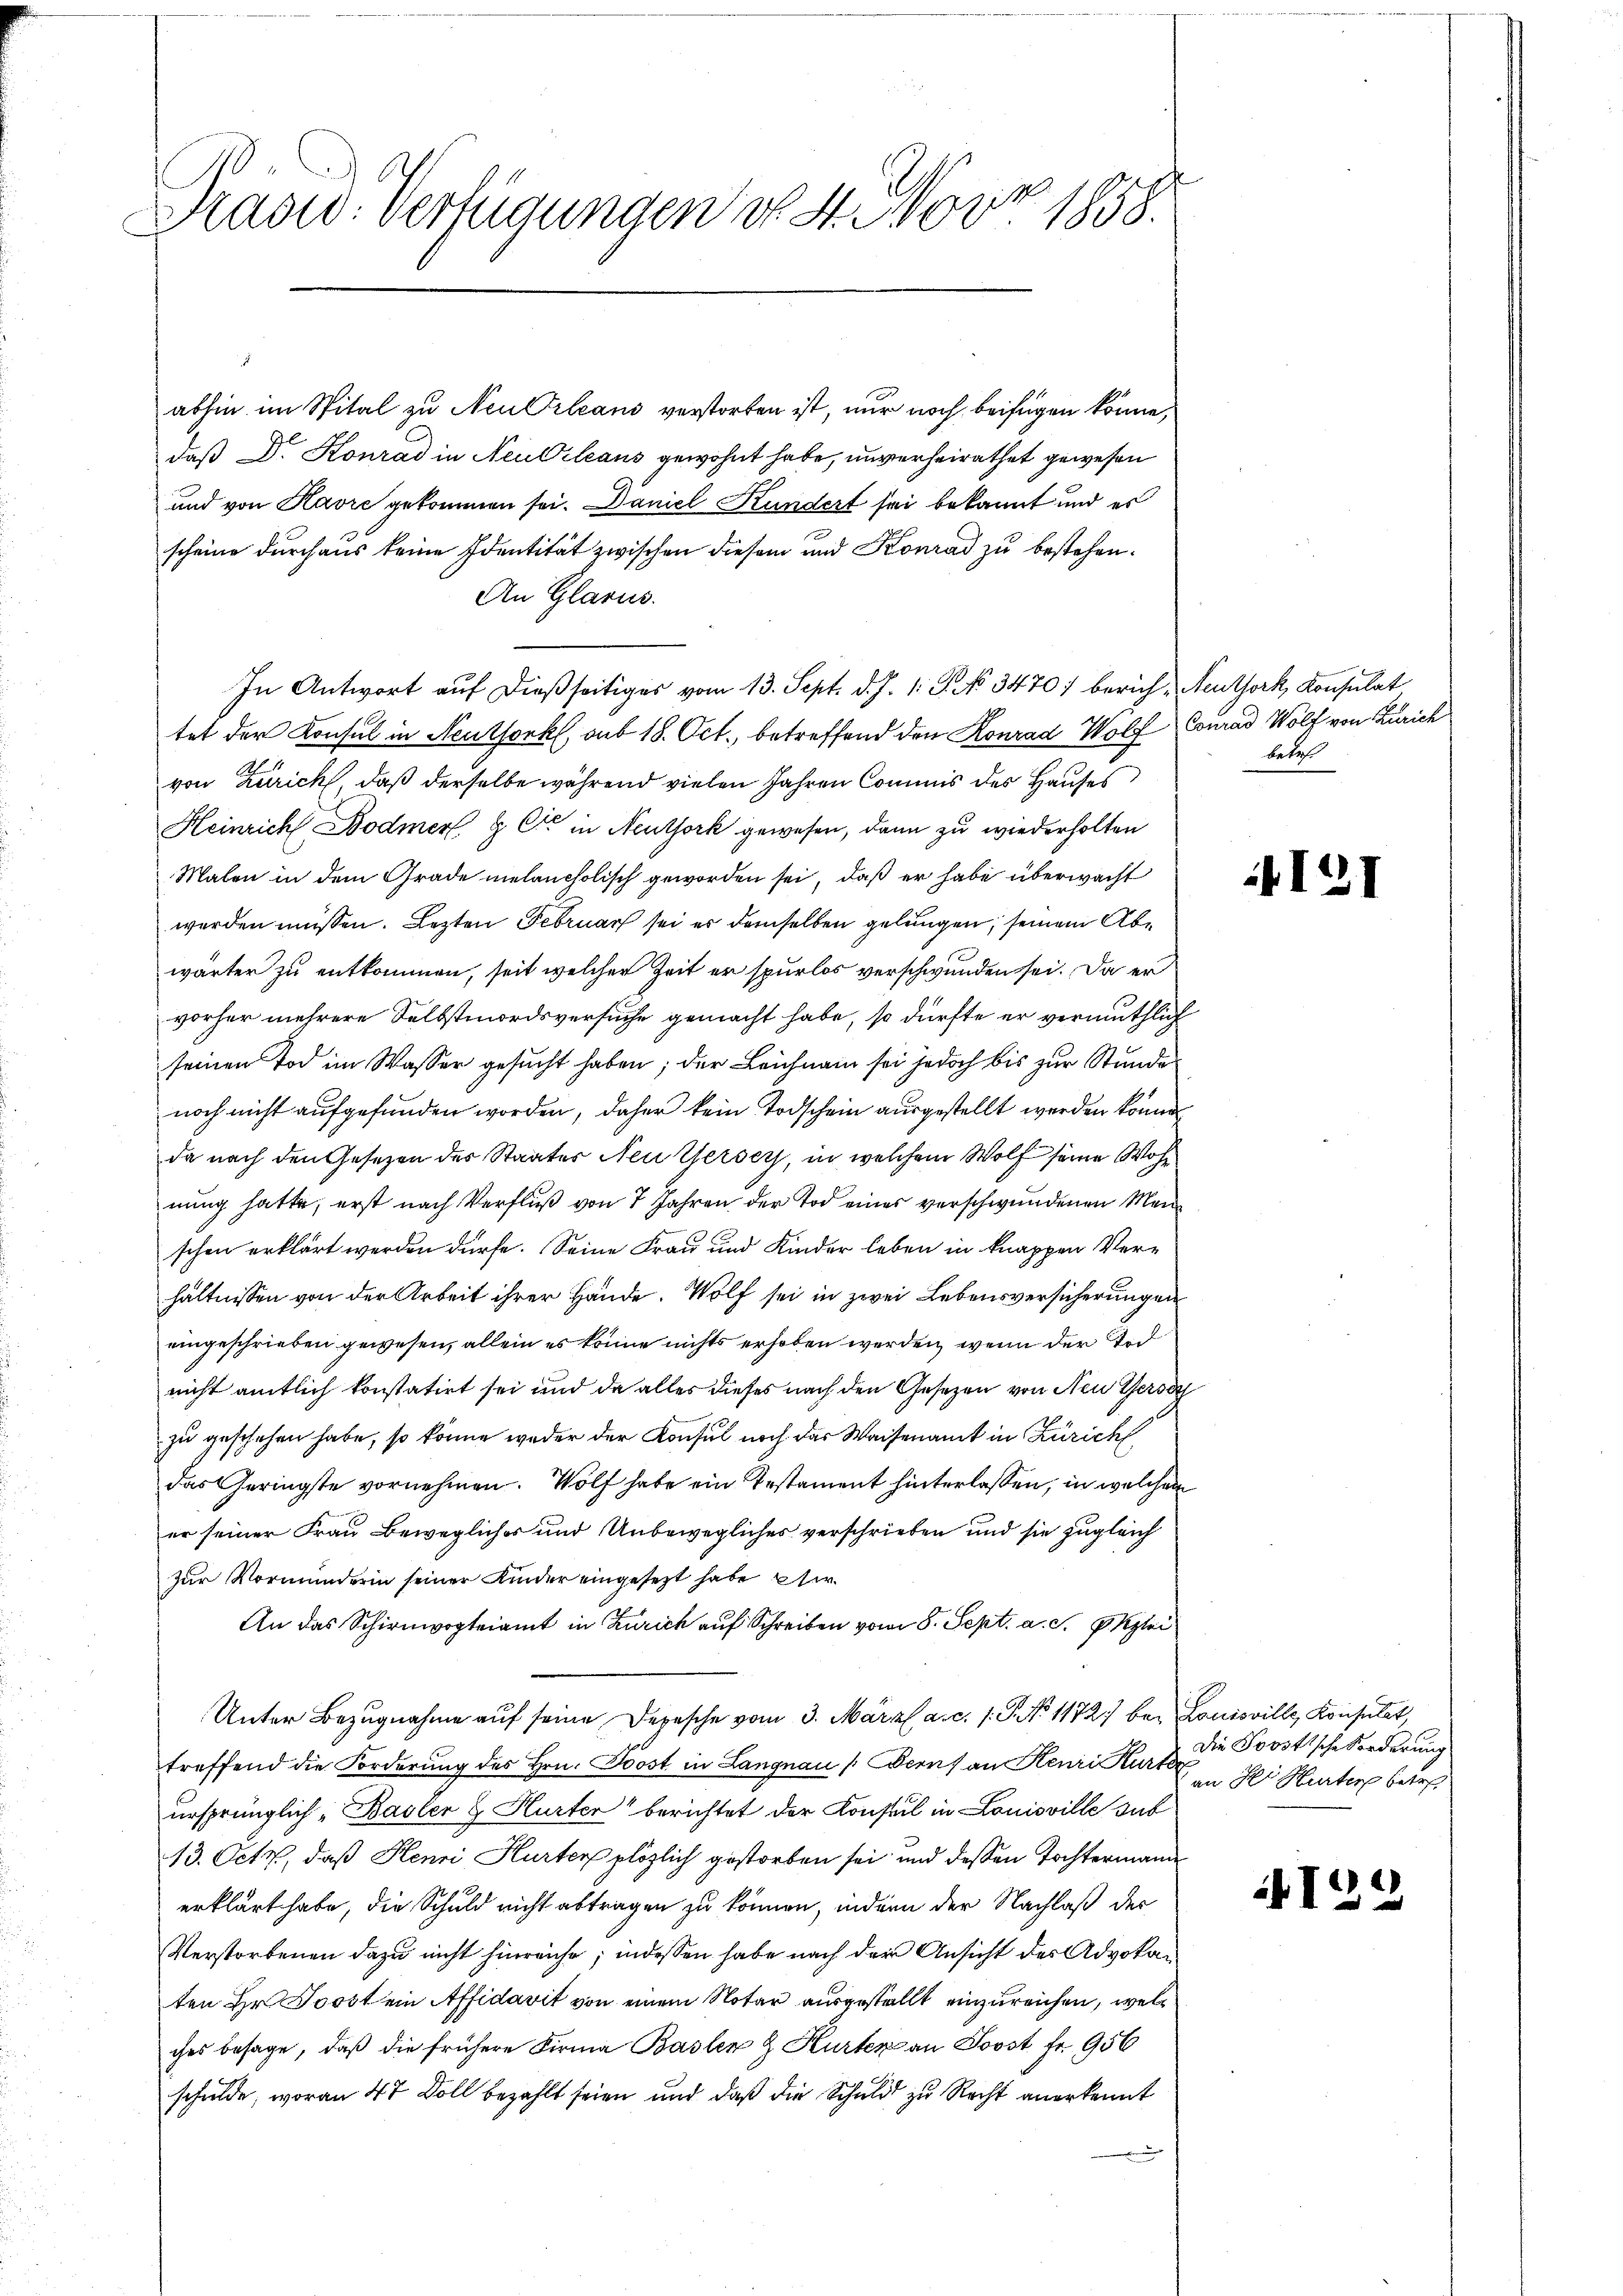
Brasid. Verfügungen d. 4. Nov. 1858.

abhin im Spital zu Neu Orleani verstorben ist, nur noch beifügen könne,
daß Dr. Konrad in Neubileaus gewohnt habe, unverheirathet gewesen
und von Kavre gekommen sei. Daniel Kundert sei bekannt und es
scheine durchaus keine Identität zwischen diesem und Konrad zu bestehen.
An Glarus.
In Antwort auf dießseitiges vom 13. Sept. d. J. 1. P. No 3470 berich-Neuthork, Konsulat
tet der Konsul in Neuthork, sub 18. Oct. betreffend den Konrad Wolf Conrad Wolf von Zürich
von Zürich, daß derselbe während vielen Jahren Commis des Hauses
Heinrich Bodmer & Cie in Neuthork gewesen, dann zu wiederholten
Malen in dem Grade melancholisch geworden sei, daß er habe überwacht
werden müssen. Lezten Februar sei es demselben gelungen, seinem Abwärter zu entkommen, seit welcher Zeit er spurlos verschwunden sei. Da er
vorher mehrere Selbstmordsversuche gemacht habe, so dürfte er vermuthlich
seinen Tod im Wasser gesucht haben; der Leichnam sei jedoch bis zur Stunde
noch nicht aufgefunden worden, daher kein Todschein ausgestellt werden könne
da nach den Gesetzen des Staates Neuerser, in welchem Wolf seine Wohnung hatte, erst nach Verfluß von 7 Jahren der Tod eines verschwundenen Menschen erklärt werden dürfe. Seine Frau und Kinder leben in knappen Verhältnissen von der Arbeit ihrer Hände. Wolf sei in zwei Lebensversicherungen
eingeschrieben gewesen, allein es könne nichts erhoben werden, wenn der und
nicht amtlich konstatirt sei und da alles dieses nach den Gesetzen von Neu Gersa
zu geschehen habe, so könne weder der Konsul noch der Waisenamt in Zürich
das Geringste vornehmen. Wolf habe ein Testament hinterlassen, in welchem
er seiner Frau Bewegliches und Unbewegliches verschrieben und sie zugleich
zur Vormunderin seiner Kinder eingesezt habe stir
An das Schirmvogteiamt in Zürich auf Schreiben vom 8. Sept. a. S. PKzlei
Unter Bezugnahme aŭf seine Depesche vom 3. März a. c. 1. P. No 1172) bei Louisville, Konsulat,
treffend die Forderung des Hrn. Post in Langnau (Bern) an Kenri Kurte
ursprünglich-Basler & Hurter berichtet der Konseil in Louisville sub
13. Octo, daß Henri Hurter plözlich gestorben sei und dessen Tochtermande
erklärt habe, die Schuld nicht abtragen zu können, indern der Nachlaß der
Verstorbenen dazu nicht hinreiche; indessen habe nach der Ansicht des Advoka
ten Hr. Joost ein Affidavit von einem Notar ausgestellt einzureichen, welches besage, daß die frühere Firma Basler & Kurten an Soost fr. 956
schulde, woran 47 Doll bezahlt seien und daß die Schuld zu Recht anerkennt

betreff

if. 12

Die Povotische Forderung
an der Hurter betr

I